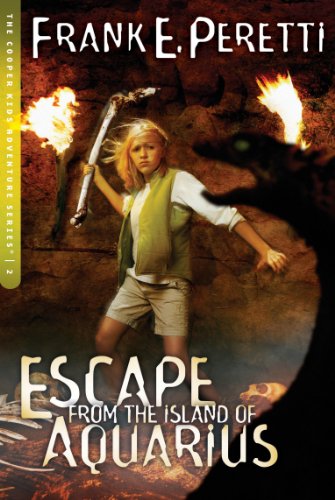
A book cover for Escape from the Island of Aquarius (The Cooper Kids Adventure Series #2); Frank E. Peretti; Religion & Spirituality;